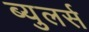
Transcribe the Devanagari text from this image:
ब्युलर्स